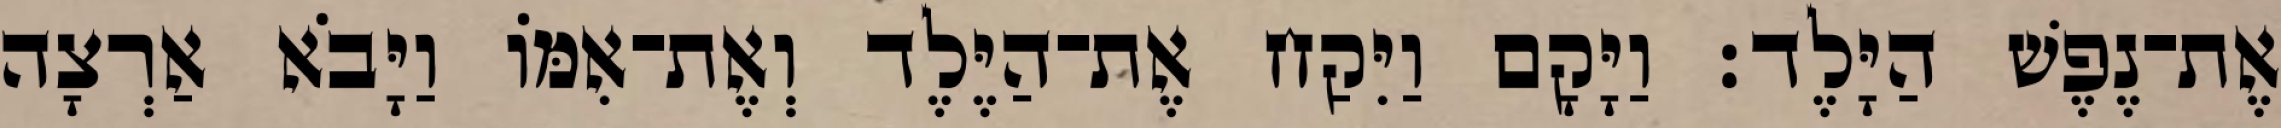
אֶת־נֶפֶשׁ הַיָּלֶד׃ וַיָּקָם וַיִּקַח אֶת־הַיֶּלֶד וְאֶת־אִמּוֹ וַיָּבֹא אַרְצָה